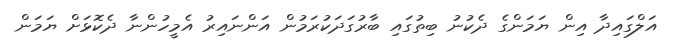
އަލްގައިދާ އިން ޔަމަންގެ ދެކުނު ބިތުގައި ބާރުގަދަކުރަމުން އަންނައިރު އެމީހުންނާ ދެކޮޅަށް ޔަމަން